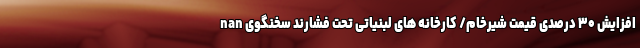
nan افزایش ۳۰ درصدی قیمت شیرخام/ کارخانه های لبنیاتی تحت فشارند سخنگوی